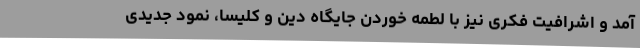
آمد و اشرافیت فکری نیز با لطمه خوردن جایگاه دین و کلیسا، نمود جدیدی